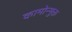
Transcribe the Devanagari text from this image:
कामोन्मुक्त